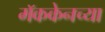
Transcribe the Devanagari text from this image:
मॅककेनच्या